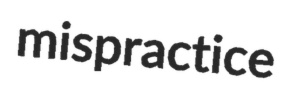
mispractice